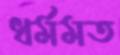
ধর্মমত